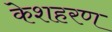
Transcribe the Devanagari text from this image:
केशहरण